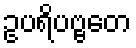
ဥပရိပဗ္ဗတေ